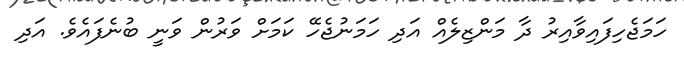
ހަމަޖެހިފައިވާއިރު ދާ މަންޒިލެއް އަދި ހަމަނުޖެހޭ ކަމަށް ވަރުން ވަނީ ބުނެފައެވެ. އަދި